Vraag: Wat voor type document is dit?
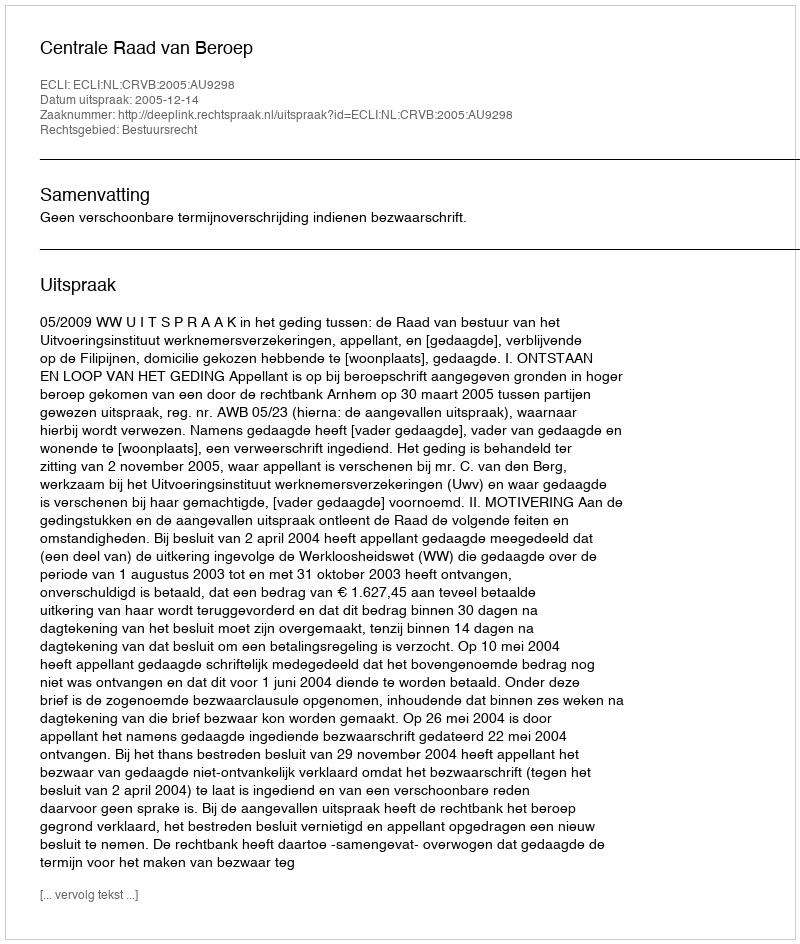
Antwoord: Uitspraak